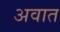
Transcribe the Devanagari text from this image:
अवात